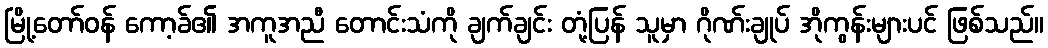
မြို့တော်ဝန် ကော့ခ်၏ အကူအညီ တောင်းသံကို ချက်ချင်း တုံ့ပြန် သူမှာ ဂိုဏ်းချုပ် အိုကွန်းများပင် ဖြစ်သည်။